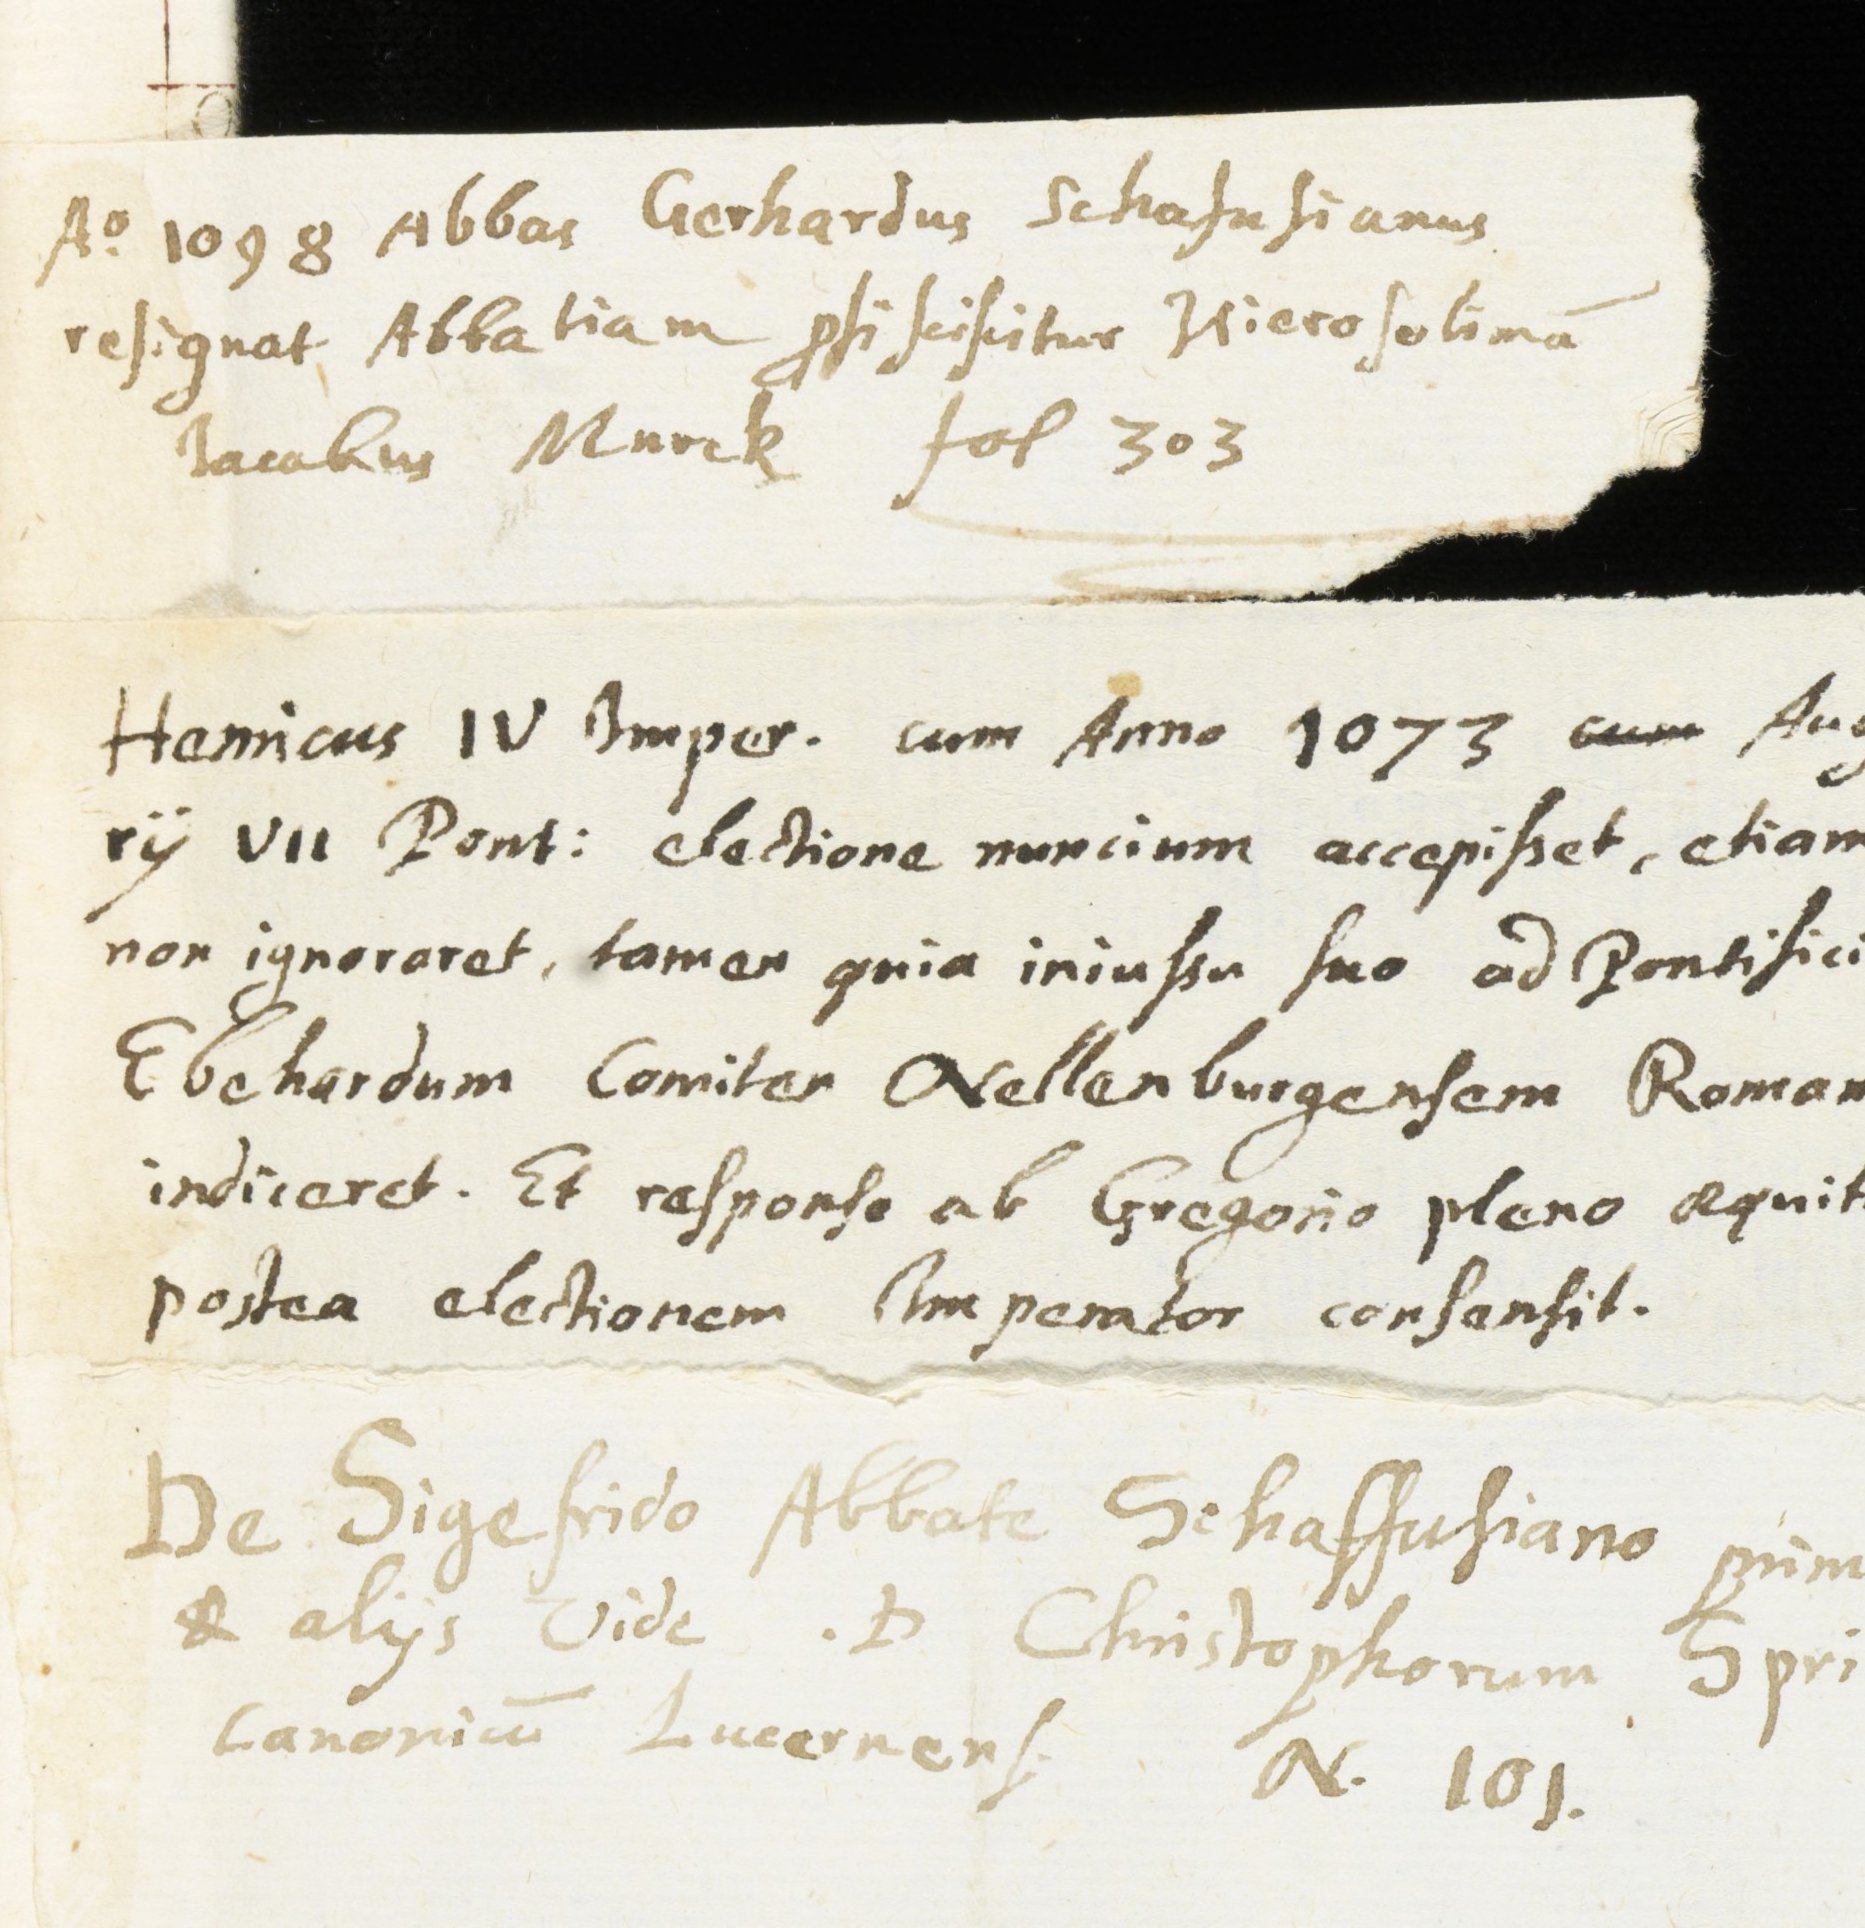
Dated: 1614–1638